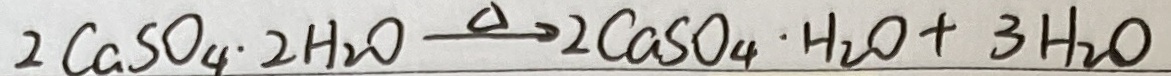
2 C a S O _ { 4 } \cdot 2 H _ { 2 } O \xrightarrow { \Delta } 2 C a S O _ { 4 } \cdot H _ { 2 } O + 3 H _ { 2 } O